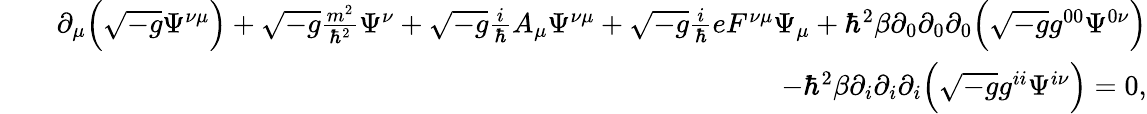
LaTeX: \begin{array}{rlr}&{}&{\partial_{\mu}\Big(\sqrt{-g}\Psi^{\nu\mu}\Big)+\sqrt{-g}\frac{m^{2}}{\hbar^{2}}\Psi^{\nu}+\sqrt{-g}\frac{i}{\hbar}A_{\mu}\Psi^{\nu\mu}+\sqrt{-g}\frac{i}{\hbar}eF^{\nu\mu}\Psi_{\mu}+\hbar^{2}\beta\partial_{0}\partial_{0}\partial_{0}\Big(\sqrt{-g}g^{00}\Psi^{0\nu}\Big)}\\ &{}&{-\hbar^{2}\beta\partial_{i}\partial_{i}\partial_{i}\Big(\sqrt{-g}g^{ii}\Psi^{i\nu}\Big)=0,}\end{array}